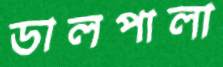
ডালপালা